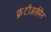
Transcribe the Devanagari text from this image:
फ्रंटीअर्समैन